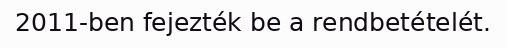
2011-ben fejezték be a rendbetételét.